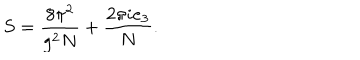
LaTeX: S = \frac { 8 \pi ^ { 2 } } { g ^ { 2 } N } + \frac { 2 \pi i e _ { 3 } } { N } .